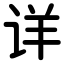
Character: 详